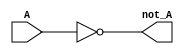
module not_gate(input wire A, output wire not_A);
  
  assign not_A = ~A;

endmodule